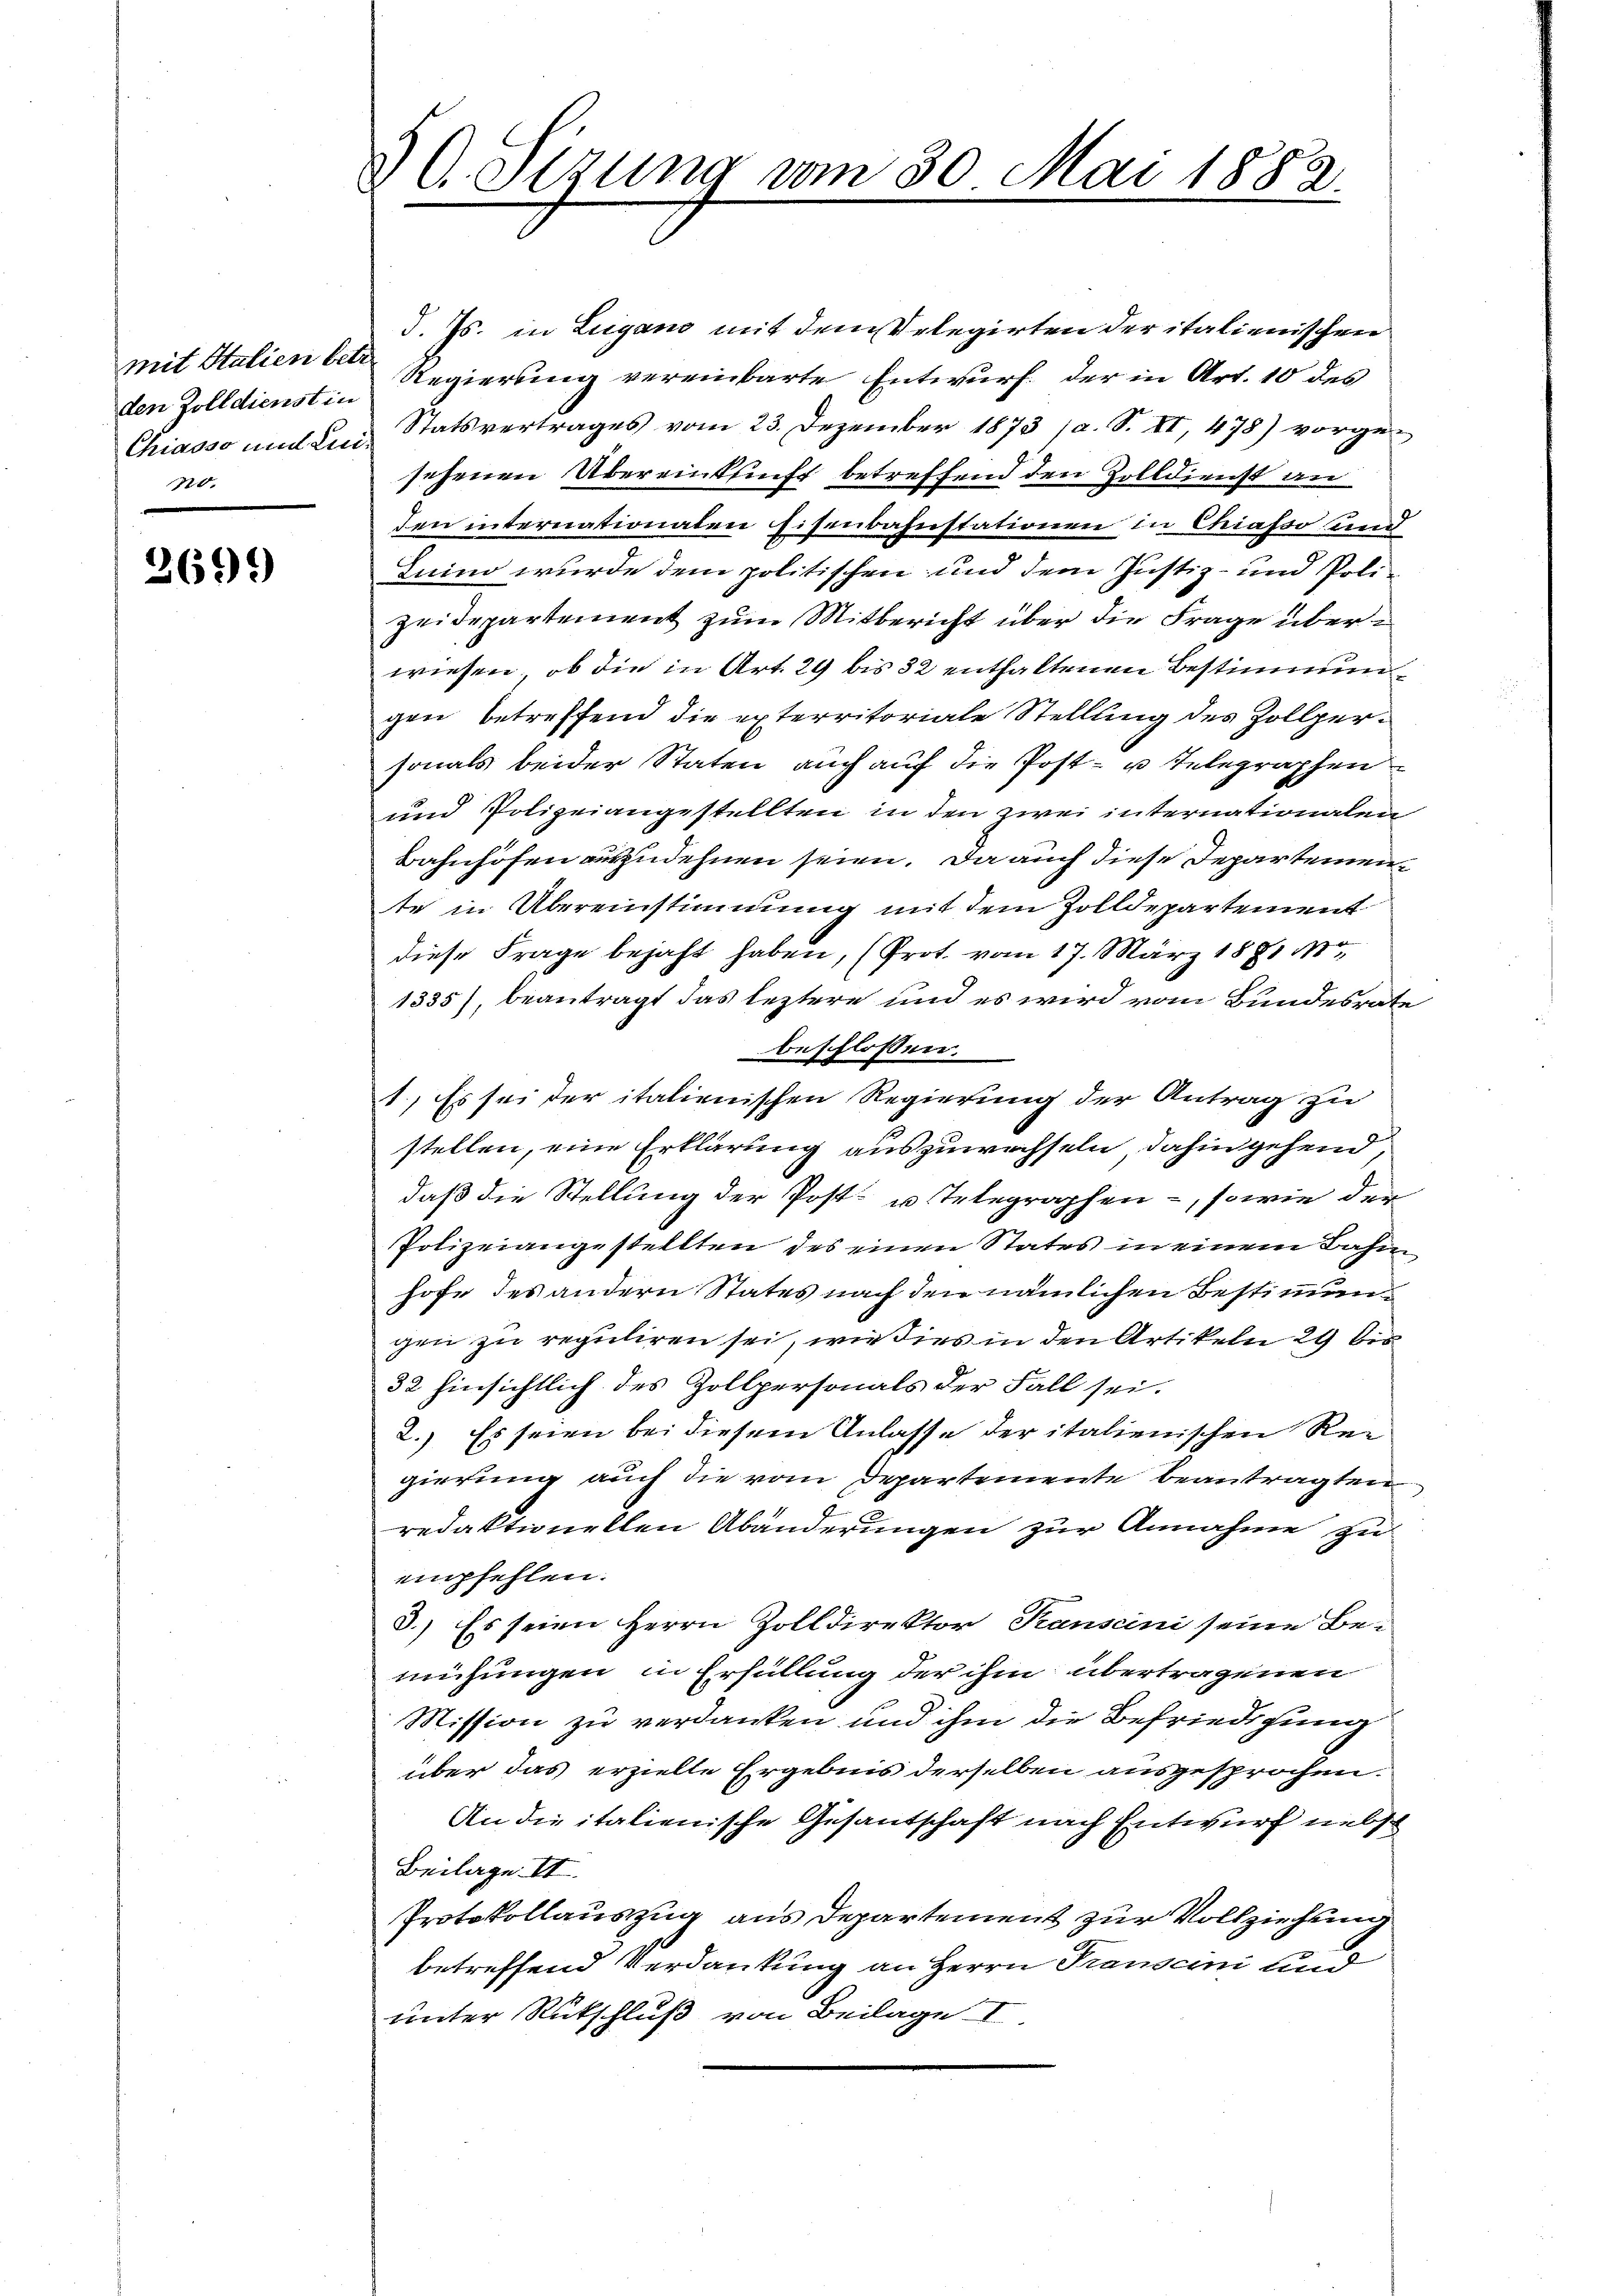
mit Italien betr.
20.

2699)

20. Sizung vom 30. Mai 1882.

d. Js. in Lugano mit dem Velegirten der italienischen
den Zolldienst in Regierung vereinbarte Entwurf der in Art. 10 des
Chiasso und ein Statsvertrages vom 23. Dezember 1873 (a. S. II, 478) vorge-
sehenen Übereinkunft betreffend den Zolldienst an
den internationalen sisenbahnstationen in Chiasso und
Luino wurde dem politischen und dem Justiz- und Poli-
zeidepartement zum Mitbericht über die Frage überwiesen, ob die in Art. 29 bis 32 enthaltenen Bestimmungen betreffend die exterritoriale Stellung des Zollpersonals beider Staten auch auf die Post- u Telegraphen
und Polizeiangestellten in den zwei internationalen
Bahnhöfen auszudehnen seien. Da auch diese Departemen
te in Übereinstimmung mit dem Zolldepartement
diese Frage bejaht haben, (Prot. vom 17. März 1881 M
1335), beantragt das leztere und es wird vom Bundesrate
beschlossen:
1., Es sei der italienischen Regierung der Antrag zu
stellen, eine Erklärung auszuwachseln, dahin gehend,
daß die Stellung der Post- u. Telegraphen, sowie der
Polizeiangestellten des einen States in einem Bahn
hofe des andern Status nach den nämlichen Bestimmungen zu reguliren sei, wie dies in den Artikeln 29 bis
32 hinsichtlich des Zollpersonals der Fall sei.
2.) Es seien bei diesem Anlasse der italienischen Rei
gierung auch die vom Departemente beantragten
redaktionellen Abänderungen zur Annahme zu
empfehlen.
3.) Es seien Herrn Zolldirektor, Kanscini seine Be-
mühungen in Erfüllung der ihm übertragenen
Mission zu verdanken und ihm die Befriedigung
über das erzielle Ergebnis derselben ausgesprochen.
An die italienische Gesandtschaft nach Entwurf nebst
Beilage II.
Protokollauszug aus Departement zur Vollziehung
betreffend Verdankung an Herrn Transcini und
unter Rutschluß von Beilage I